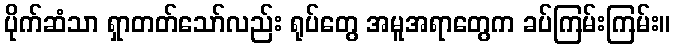
ပိုက်ဆံသာ ရှာတတ်သော်လည်း ရုပ်တွေ အမူအရာတွေက ခပ်ကြမ်းကြမ်း။